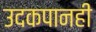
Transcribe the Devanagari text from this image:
उदकपानही